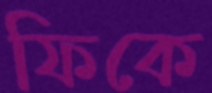
ফিকে